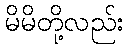
မိမိတို့လည်း